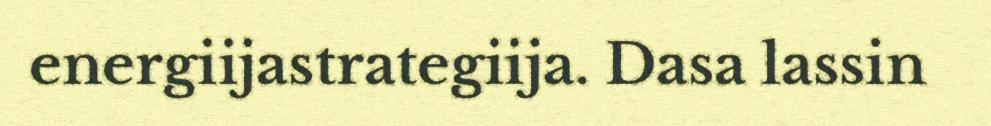
energiijastrategiija. Dasa lassin